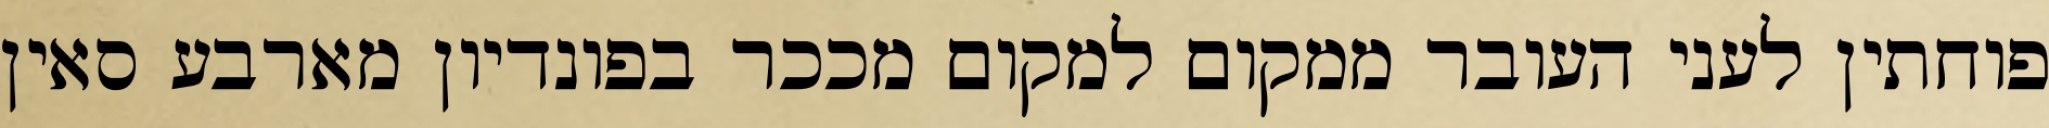
פוחתין לעני העובר ממקום למקום מככר בפונדיון מארבע סאין